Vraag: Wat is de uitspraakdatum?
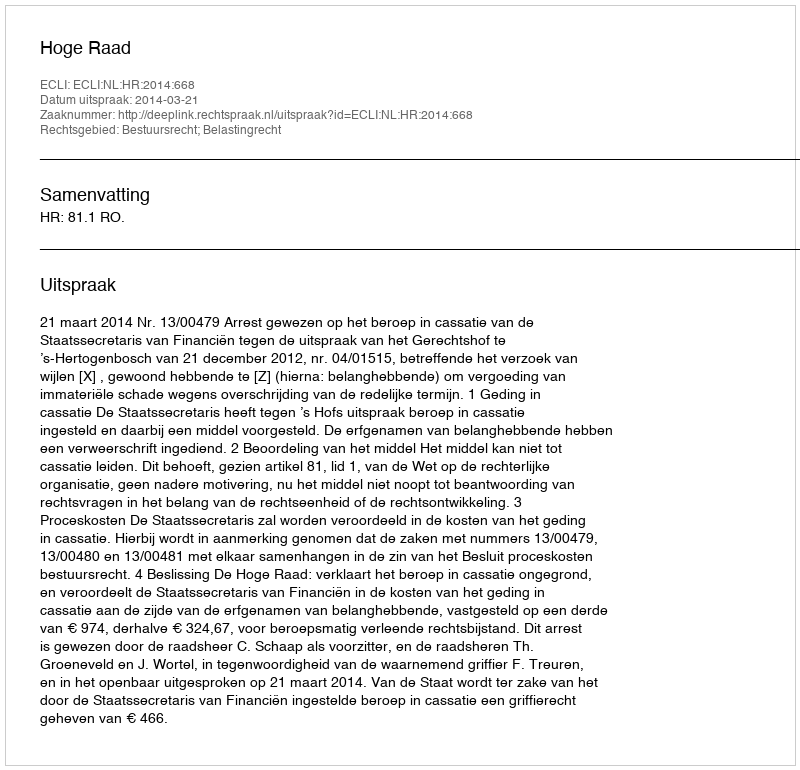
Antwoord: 2014-03-21